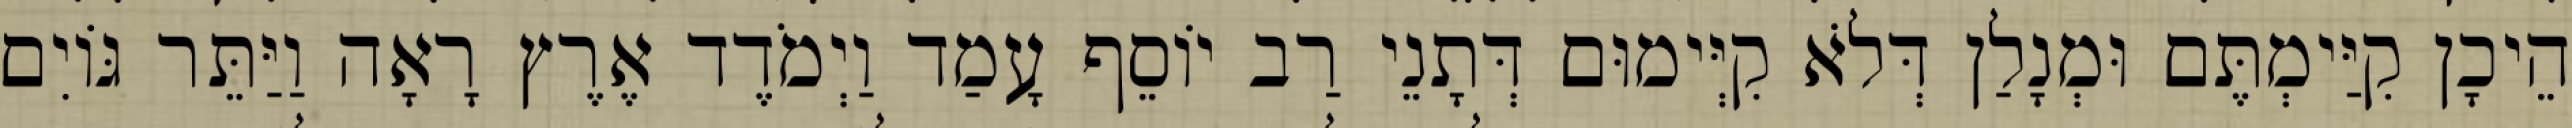
הֵיכָן קִיַּימְתֶּם וּמְנָלַן דְּלֹא קִיְּימוּם דְּתָנֵי רַב יוֹסֵף עָמַד וַיְמֹדֶד אֶרֶץ רָאָה וַיַּתֵּר גּוֹיִם